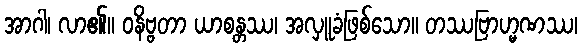
အာဂါ၊ လာ၏။ ဝနိဗ္ဗတာ ယာစန္တဿ၊ အလှူခံဖြစ်သော။ တဿဗြာဟ္မဏဿ၊